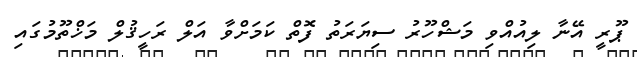
ޕޫރީ އޭނާ ލިއުއްވި މަޝްހޫރު ސިޔަރަތު ފޮތް ކަމަށްވާ އަލް ރަހީޤުލް މަޚްތޫމުގައި